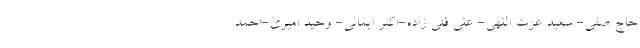
حاج صفی- سعید عزت اللهی- علی قلی زاده-اکبر ایمانی- وحید امیری-احمد